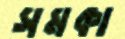
সমকা